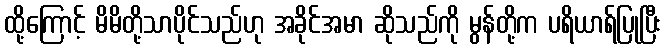
ထို့ကြောင့် မိမိတို့သာပိုင်သည်ဟု အခိုင်အမာ ဆိုသည်ကို မွန်တို့က ပရိယာရ်ပြုပြီး